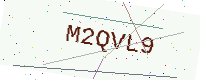
Text: M2QVL9